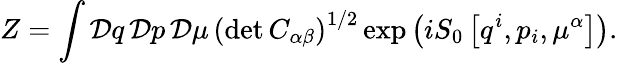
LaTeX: Z=\int{\cal D}q\, {\cal D}p\, {\cal D}\mu\, \left(\operatorname*{det}C_{\alpha\beta}\right)^{1/2}\exp\left(iS_{0}\left[q^{i},p_{i},\mu^{\alpha}\right]\right).